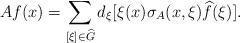
LaTeX: \begin{align*}Af(x)=\sum_{[\xi]\in \widehat{G}}d_{\xi}[\xi(x)\sigma_A(x,\xi)\widehat{f}(\xi)]. \end{align*}